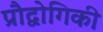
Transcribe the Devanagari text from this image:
प्रौद्वोगिकी